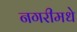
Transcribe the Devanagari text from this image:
नगरीमधे